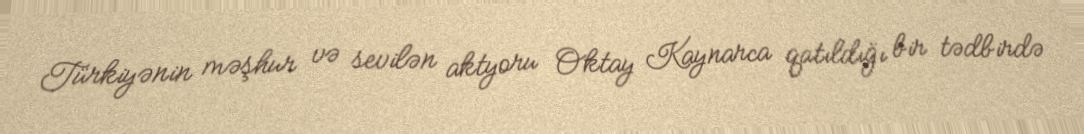
Türkiyənin məşhur və sevilən aktyoru Oktay Kaynarca qatıldığı bir tədbirdə